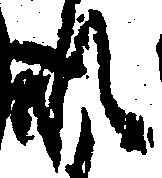
れ